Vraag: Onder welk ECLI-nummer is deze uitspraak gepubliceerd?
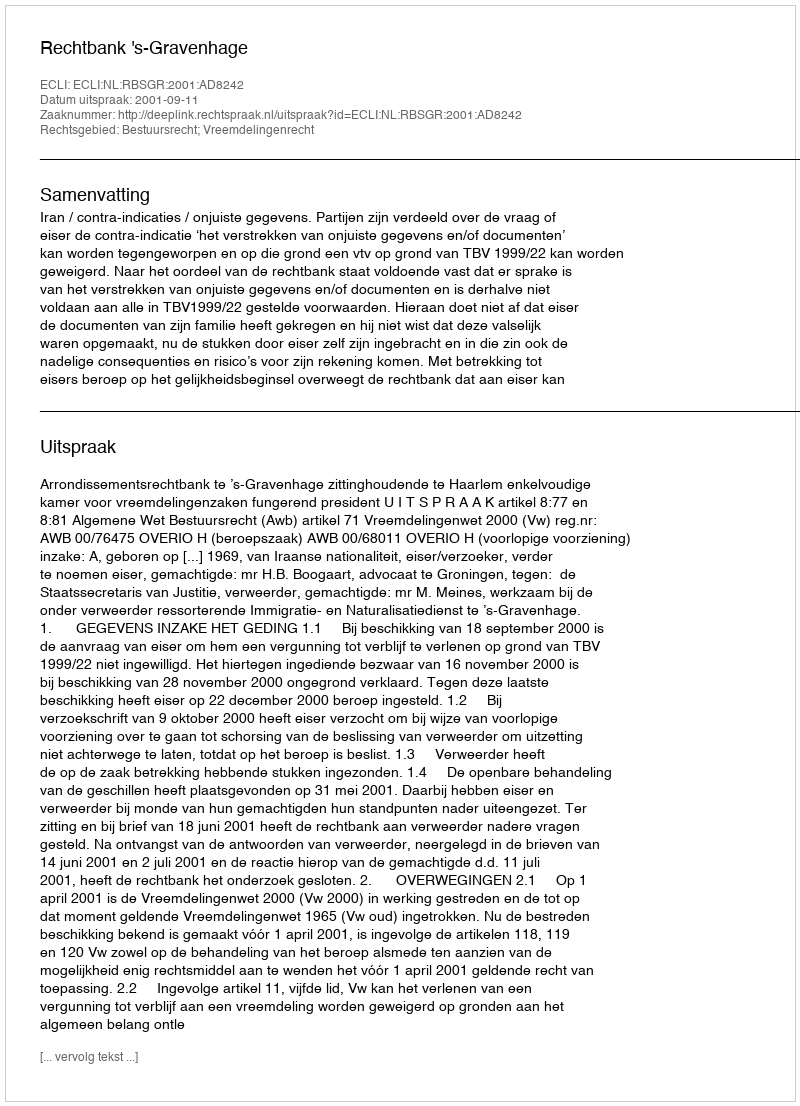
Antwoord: ECLI:NL:RBSGR:2001:AD8242